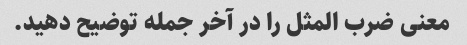
معنی ضرب المثل را در آخر جمله توضیح دهید.